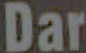
Dar